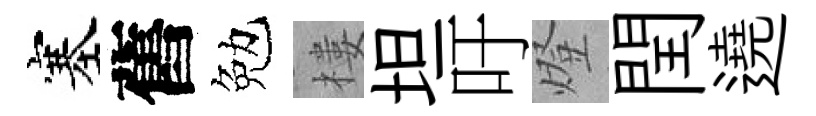
塞舊勉樓坦吁燈閏遶